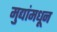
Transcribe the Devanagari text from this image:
मुद्यांमधून